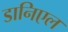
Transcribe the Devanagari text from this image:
डानिएल